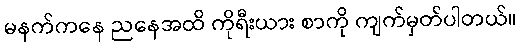
မနက်ကနေ ညနေအထိ ကိုရီးယား စာကို ကျက်မှတ်ပါတယ်။